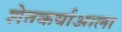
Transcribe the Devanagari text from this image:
शेतकर्याआला